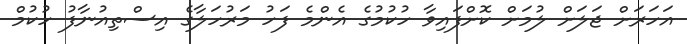
އަހަރަށް ޖަލަށް ލުމަށް ކޮށްފައިވާ ހުކުމުގެ އެންމެ ފަހު މަރުހަލާގެ އިސްތިއުނާފު ހުކުމް